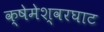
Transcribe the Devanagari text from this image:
क्षेमेश्वरघाट